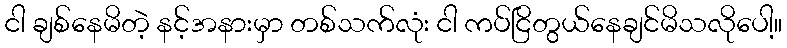
ငါ ချစ်နေမိတဲ့ နင့်အနားမှာ တစ်သက်လုံး ငါ ကပ်ငြိတွယ်နေချင်မိသလိုပေါ့။